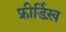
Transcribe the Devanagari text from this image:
फ्रीर्डिख़